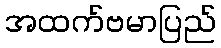
အထက်ဗမာပြည်